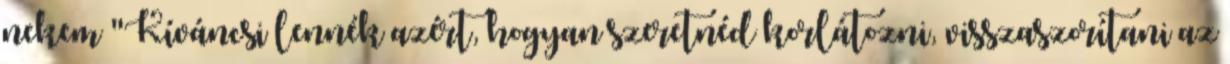
nekem "Kíváncsi lennék azért, hogyan szeretnéd korlátozni, visszaszorítani az